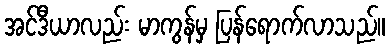
အင်ဒီယာလည်း မာကွန်မှ ပြန်ရောက်လာသည်။